Report of the Municipal Commissioner on the plague in Bombay for the year ending 31st May... - Volume 2
Disease focus: Plague
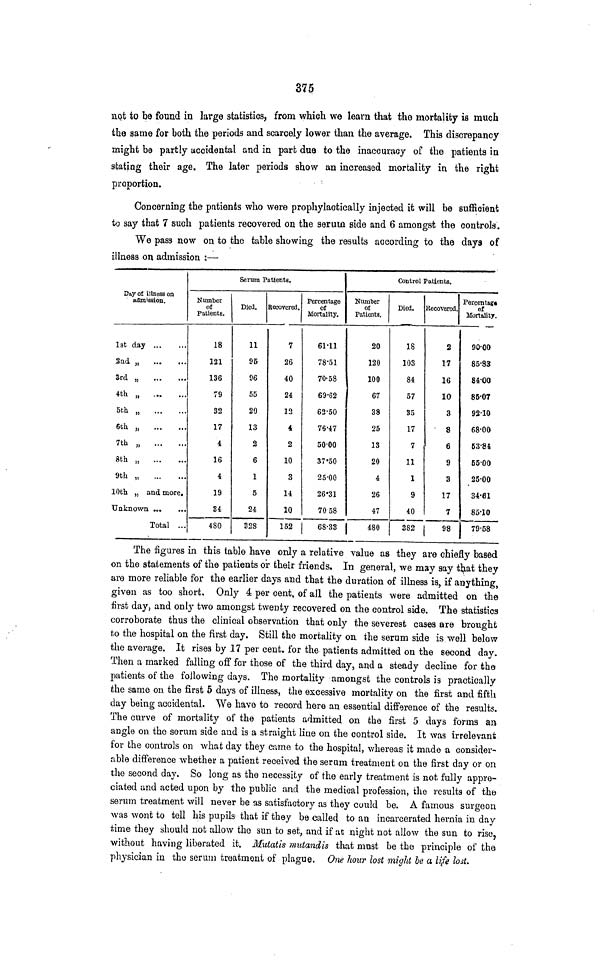
375
not to be found in large statistics, from which we learn that the mortality is much
the same for both the periods and scarcely lower than the average. This discrepancy
might be partly accidental and in part due to the inaccuracy of the patients in
stating their age. The later periods show an increased mortality in the right
proportion.
Concerning the patients who were prophylactically injected it will be sufficient
to say that 7 such patients recovered on the serum side and 6 amongst the controls.
We pass now on to the table showing the results according to the days of
illness on admission :—
Day oí illness on
admission.
1st day ...
2nd ,
3rd ,
4th „
5th
6th „
7th „
8th „ ...
...
9th „
10th „ and more
Unknown
Total ...
Number
of
Patients.
18
121
136
79
32
17
4
16
4
19
34
480
Serum Patients.
Died.
11
95
96
55
20
13
2
6
1
5
24
Ü28
Recovered.
7
26
40
24
12
4
2
10
3
14
10
152
Percentage
of
Mortality.
61.11
78.51
70.58
69.62
62.50
76.47
50.00
37.50
25.00
26.31
70 58
68.33
Number
of
Patients.
20
120
100
67
38
25
13
20
4
26
47
|
480
Control Patients.
Died.
18
103
84
57
35
17
7
11
1
9
40
382
Recovered.
2
17
16
10
3
8
6
9
3
17
7
98
Percentage
of
Mortality.
90.00
85.83
84.00
85.07
92.10
68.00
63.84
55.00
25.00
34.61
85.10
79.58
The figures in this table have only a relative value as they are chiefly based
on the statements of the patients or their friends. In general, we may say that they
are more reliable for the earlier days and that the duration of illness is, if anything,
given as too short. Only 4 per cent, of all the patients were admitted on the
first day, and only two amongst twenty recovered on the control side. The statistics
corroborate thus the clinical observation that only the severest cases are brought
to the hospital on the first day. Still the mortality on the serum side is well below
the average. It rises by 17 per cent. for the patients admitted on the second day.
Then a marked falling off for those of the third day, and a steady decline for the
patients of the following days. The mortality amongst the controls is practically
the same on the first 5 days of illness, the excessive mortality on the first and fifth
day being accidental. We have to record here an essential difference of the results.
The curve of mortality of the patients admitted on the first 5 days forms an
angle on the serum side and is a straight line on the control side. It was irrelevant
for the controls on what day they came to the hospital, whereas it made a consider-
able difference whether a patient received the serum treatment on the first day or on
the second day. So long as the necessity of the early treatment is not fully appre-
ciated and acted upon by the public and the medical profession, the results of the
serum treatment will never be as satisfactory as they could be. A famous surgeon
was wont to tell his pupils that if they be called to an incarcerated hernia in day
time they should not allow the sun to set, and if at night not allow the sun to rise,
without having liberated it. Mutatis mutandis that mast be the principle of the
physician in the serum treatment of plague. One hour lost might be a life lost.